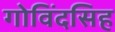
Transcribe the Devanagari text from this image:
गोविंदसिह